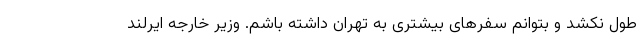
طول نکشد و بتوانم سفرهای بیشتری به تهران داشته باشم. وزیر خارجه ایرلند